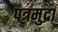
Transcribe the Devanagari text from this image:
पत्रमुद्रा